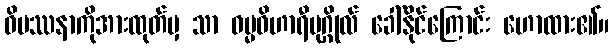
ဝိပဿနာကိုအားထုတ်မှ သာ ဓမ္မဝိဟာရီပုဂ္ဂိုလ် ခေါ်နိုင်ကြောင်း ဟောထား၏။